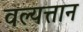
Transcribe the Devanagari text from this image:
वल्यत्तान